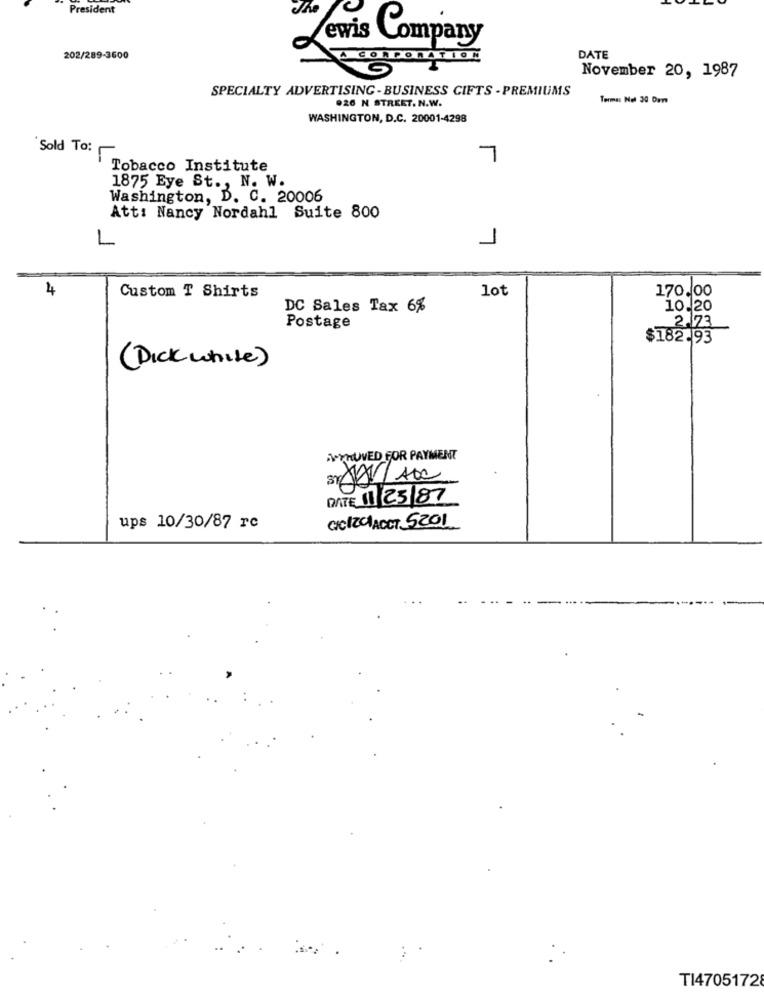
President
The
Lewis Company
202/289-3600
DATE
November 20, 1987
SPECIALTY ADVERTISING - BUSINESS GIFTS - PREMIUMS
926 N STREET. N.W.
Termas Not 30 Dare
WASHINGTON, D.C. 20001-4298
Sold To:
7
Tobacco Institute
1875 Eye St ., N. W.
Washington, D. C. 20006
Att: Nancy Nordahl Suite 800
1
1
4
Custom T Shirts
170.00
lot
DC Sales Tax 6%
10.20
2.73
Postage
$182.93
( Dick white)
VYNUVED FOR PAYMENT
DATE 11/ 23/87
ups 10/30/87 rc
GICIZa ACCT 5201
TI47051728